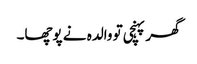
گھر پہنچی تو والدہ نے پوچھا۔